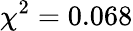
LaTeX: \chi^{2}=0.068